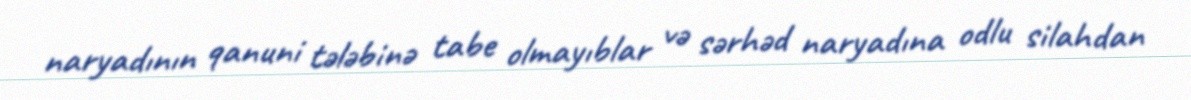
naryadının qanuni tələbinə tabe olmayıblar və sərhəd naryadına odlu silahdan